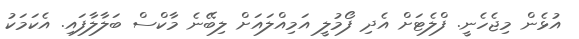
އުޅެން މިޖެހެނީ. ފްލެޓަށް އެދި ފޯމުލީ އަމިއްލައަށް ލިބޭނެ މާކްސް ބަލާލާފައި. އެކަމަކު